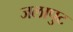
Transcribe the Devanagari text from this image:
जलापुट